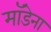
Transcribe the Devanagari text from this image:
मॉडेना